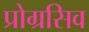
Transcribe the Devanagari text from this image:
प्रोग्रसिव